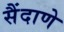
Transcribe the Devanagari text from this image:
सैंदाणे